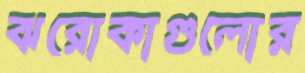
ঝরোকাগুলোর